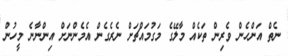
ނެތް އަންހެން ވެރިން ތަކެއް މާލޭގެ މަގުމައްޗަށް ނެރެގެން އެމެންނަށް އިންނާނެ މީހުން